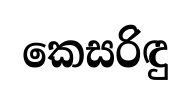
කෙසරිඳු